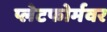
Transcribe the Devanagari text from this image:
प्लेटफोर्मवर